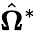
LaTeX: \hat{\mathbf{\Omega}}^{*}